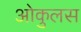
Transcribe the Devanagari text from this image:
ओकुलस